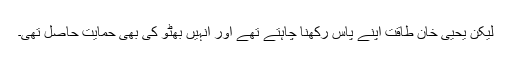
لیکن یحیی خان طاقت اپنے پاس رکھنا چاہتے تھے اور انہیں بھٹو کی بھی حمایت حاصل تھی۔